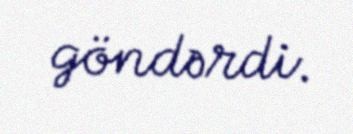
göndərdi.